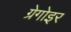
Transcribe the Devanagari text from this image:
ग्रेगोइर